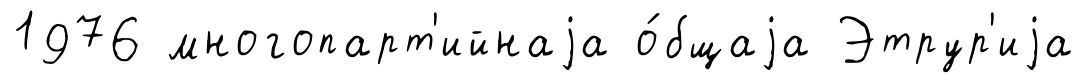
1976 многопарт'ийнаjа о́бщаjа Этрур'иjа